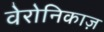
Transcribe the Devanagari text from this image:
वेरोनिकाज़